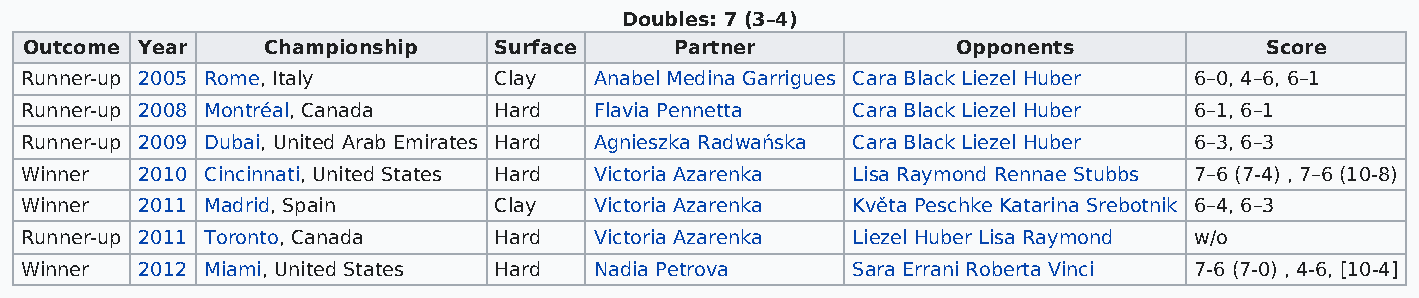
Doubles: 7 (3–4)
 Outcome Year   Championship    Surface     Partner           Opponents            Score
 Runner-up 2005 Rome, Italy      Clay  Anabel Medina Garrigues Cara Black Liezel Huber 6–0, 4–6, 6–1
 Runner-up 2008 Montréal, Canada Hard  Flavia Pennetta  Cara Black Liezel Huber 6–1, 6–1
 Runner-up 2009 Dubai, United Arab Emirates Hard Agnieszka Radwańska Cara Black Liezel Huber 6–3, 6–3
 Winner  2010 Cincinnati, United States Hard Victoria Azarenka Lisa Raymond Rennae Stubbs 7–6 (7-4) , 7–6 (10-8)
 Winner  2011 Madrid, Spain      Clay  Victoria Azarenka Květa Peschke Katarina Srebotnik 6–4, 6–3
 Runner-up 2011 Toronto, Canada  Hard  Victoria Azarenka Liezel Huber Lisa Raymond w/o
 Winner  2012 Miami, United States Hard Nadia Petrova   Sara Errani Roberta Vinci 7-6 (7-0) , 4-6, [10-4]